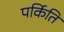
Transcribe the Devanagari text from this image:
पर्किति